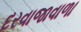
દરવાજાવાળા